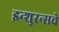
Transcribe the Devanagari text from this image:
इन्‍शुरन्‍सचे